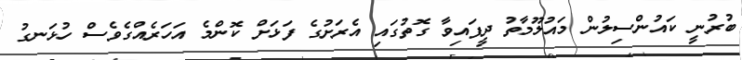
ބުރުނީ ކައުންސިލުން މައުލޫމާތު ދީފައިވާ ގޮތުގައި އެރަށުގެ ފަޅަށް ކޮންމެ އަހަރެއްގެވެސް ހުޅަނގު